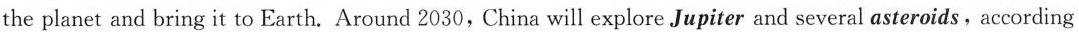
to CNSA